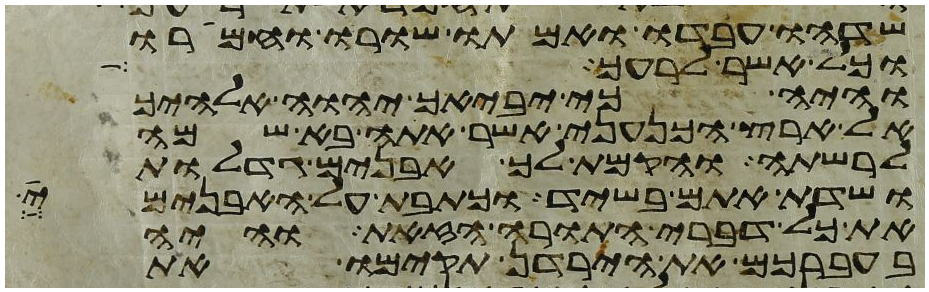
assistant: שדהו עבדו ואמתו שורו וחמרו
וכל אשר לרעך
והיה כי יביאך יהוה אלהיך
אל ארץ הכנעני אשר אתה בא שמה
לרשתה והקמת לך אבנים גדלות
ושדת אתם בשיד וכתבת על האבנים
את כל דברי התורה הזאת והיה
בעברכם את הירדן תקימו את